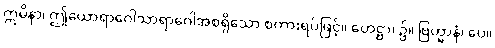
ဣမိနာ၊ ဤယောရာဂေါသာရာဂေါအစရှိသော စကားရပ်ဖြင့်။ ဟေဋ္ဌာ၊ ၌။ ဗြဟ္မာနံ၊ ပေ။